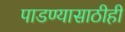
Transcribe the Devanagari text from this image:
पाडण्यासाठीही